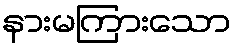
နားမကြားသော